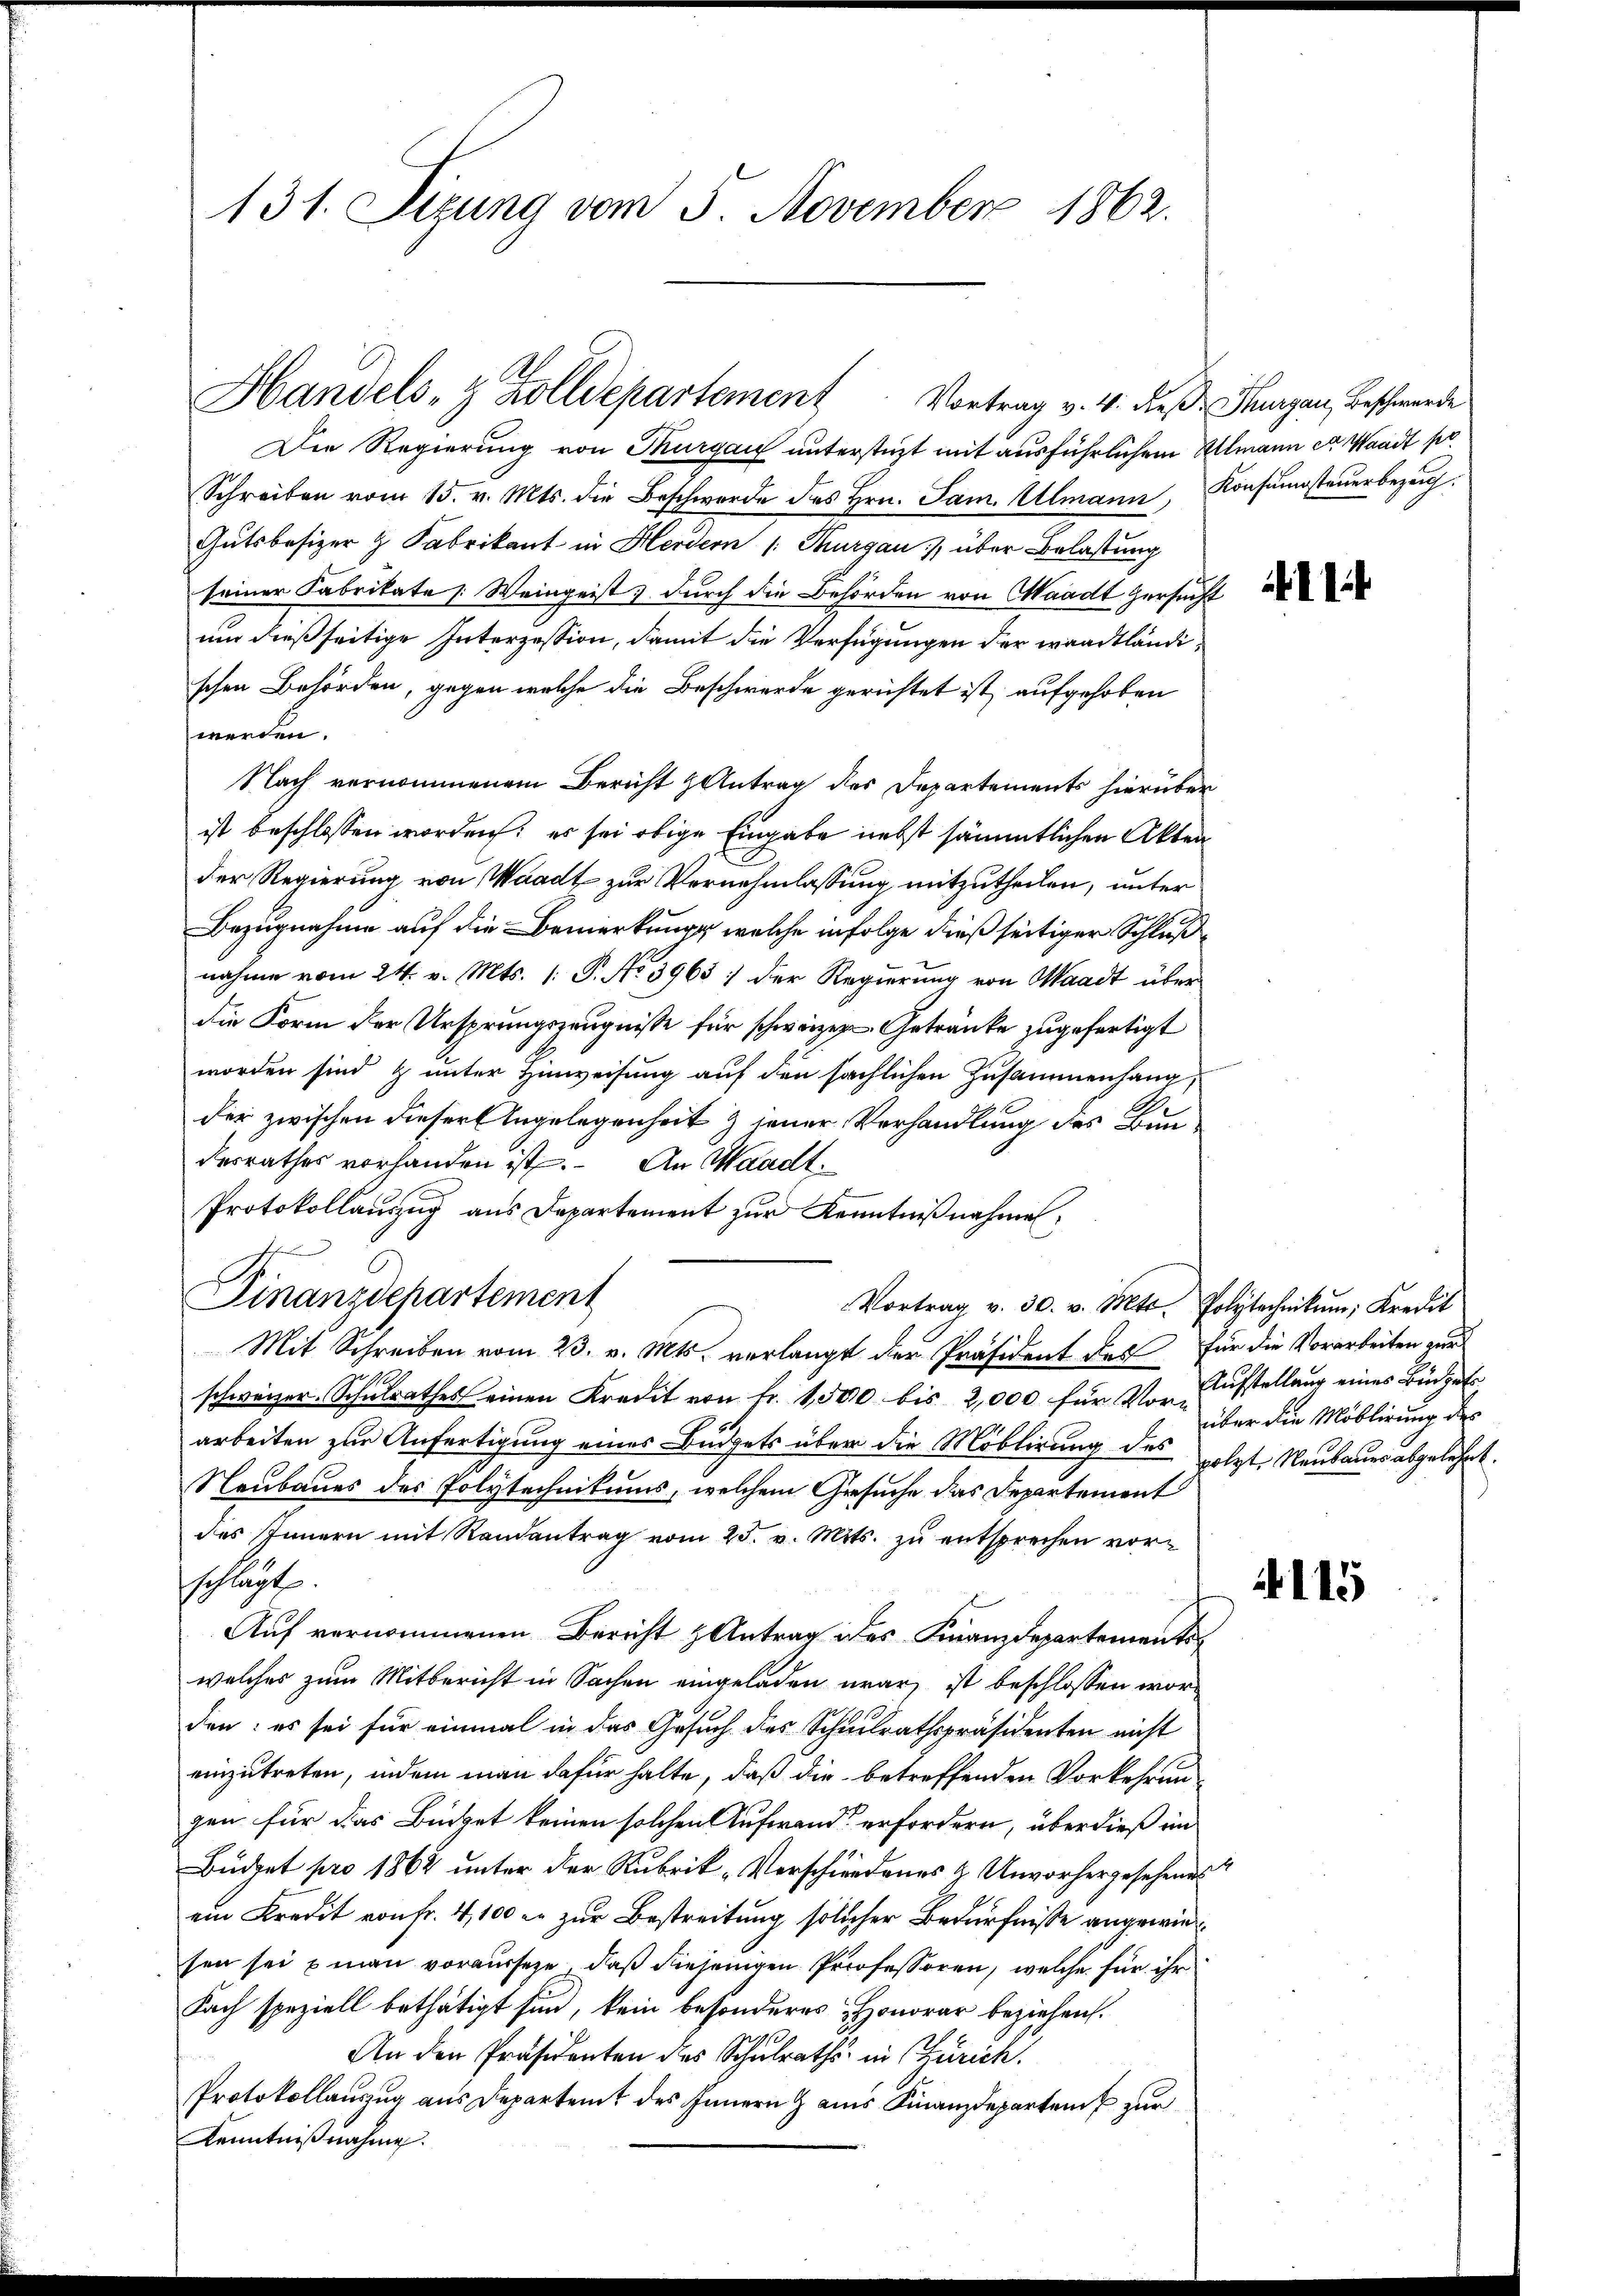
131. Sizung vom 5. November 1862.

Handels- & Zolldepartement Vortrag v. 4. dieß Thurgau, Beschwerde

Die Regierung von Thurgau unterstüzt mit ausführlichem Ullmann er Waadt pr
Schreiben vom 15. v. Mts. die Beschwerde des Hrn. Jan. Almann, Konsŭsteŭerbezŭg.
Gutsbesizer & Fabrikant in Herdern /: Thurgau über Belastung
seiner Fabrikate Weingeist durch die Behörden von Waadt zersucht
um dießseitige Interzession, damit die Verfügungen der waadtländischen Behörden, gegen welche die Beschwerde gerichtet ist, aufgehoben
werden.
Nach vernommenem Bericht & Antrag des Departements hierüber
ist beschlossen worden; es sei obige Eingabe nebst sämmtlichen Akten
der Regierung von Waadt zur Vernehmlassung mitzutheilen, unter
Bezugnahme auf die Bemerkung, welche infolge dießseitiger Schlußnahme vom 24. v. Mts. 1. P. No 3965) der Regierung von Waadt über
die Form der Ursprungszeugnisse für schweizer Getränke zugefertigt
worden sind & unter Hinweisung auf den sächlichen Zusammenhang,
der zwischen dieser Angelegenheit & jener Verhandlung des Bundesrathes vorhanden ist. An Waadt.
Protokollaŭszŭg ans Departement zŭr Kenntniβnahmen,
Finanzdepartement
Vortrag v. 30. v. Mts. Polytechnikŭm: Kredit
Mit Schreiben vom 23. v. Mts. verlangt der Präsident des für die Vorarbeiten zur
schweizer-Schulrathes einen Kredit von Fr. 1,500 bis 2,000 für Vor-Aufstellung eines Büdget
arbeiten zur Anfertigung eines Budgets über die Moblirung des setzte Neubaues abgelehnt.
Neubaues des Polytechnikums, welchem Gesuche das Departement
des Innern mit Randantrag vom 25. v. Mits. zu entsprechen vorschlägt.
Auf vernommenen Bericht & Antrag des Finanzdepartements-
welches zum Mitbericht in Sachen eingeladen war, ist beschlossen worden: es sei für einmal in das Gesuch des Schulrathspräsidenten nicht
einzutreten, indem man dafür halte, daß die betreffenden Vorkehrun-
gen für das Büchet keinen solchen Aufwand erfordern, überdieß im
Büdget pro 1864 unter der Rubrik „Verschiendenes & Unvorhergesehend
ein Kredit von Fr. 4,100 er zur Bestreitung solcher Bedürfnisse angewies
sen sei man vorausseze, daß diejenigen Professoren, welche für ihr
Fach speziell bethätigt sind, kein besonderes Honorar beziehen.
An den Präsidenten des Schulraths in Zürich
Protokollauszug aus Departent des Innern & aus Finanzdeparten zur
Kenntnißnahme.

über die Möblirung des

4115